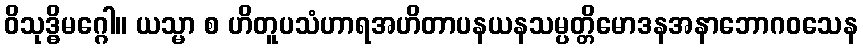
ဝိသုဒ္ဓိမဂ္ဂေါ။ ယသ္မာ စ ဟိတူပသံဟာရအဟိတာပနယနသမ္ပတ္တိမောဒနအနာဘောဂဝသေန